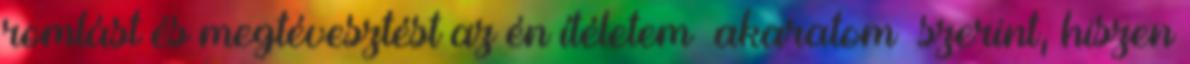
romlást és megtévesztést az én ítéletem akaratom szerint, hiszen